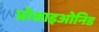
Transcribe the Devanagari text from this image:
प्रोसाइओनिड